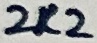
Text: 2K2